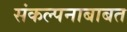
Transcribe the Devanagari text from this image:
संकल्पनाबाबत